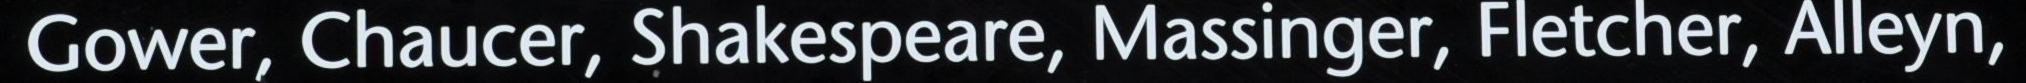
Gower, Chaucer, Shakespeare, Massinger, Fletcher, Alleyn,